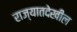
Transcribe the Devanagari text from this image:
राज्यातदेखील